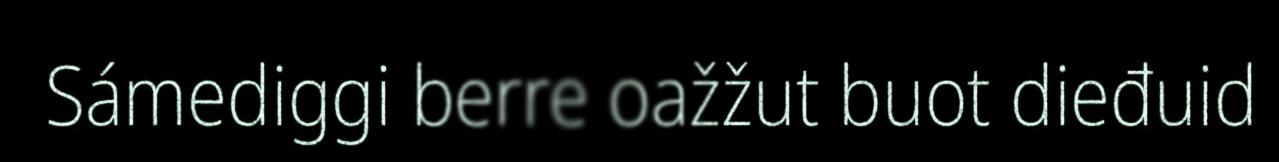
Sámediggi berre oažžut buot dieđuid